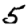
Digit: 5